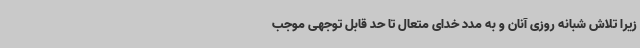
زیرا تلاش شبانه روزی آنان و به مدد خدای متعال تا حد قابل توجهی موجب